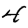
Digit: 4